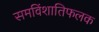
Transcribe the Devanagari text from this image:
समविंशातिफलक